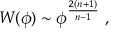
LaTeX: W ( \phi ) \sim \phi ^ { \frac { 2 ( n + 1 ) } { n - 1 } } ~ ,